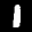
Label: 1